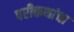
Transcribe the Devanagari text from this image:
परीकथांचा